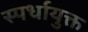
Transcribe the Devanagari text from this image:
स्पर्धायुक्त